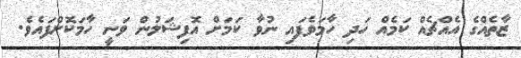
ޒާތެއްގެ އެއްޗެއް ކަމެއް ހަދި ހާމަވެފައި ނުވާ ކަމަށް އޮފިޝަލުން ވަނީ ހާމަކޮށްފައެވެ.